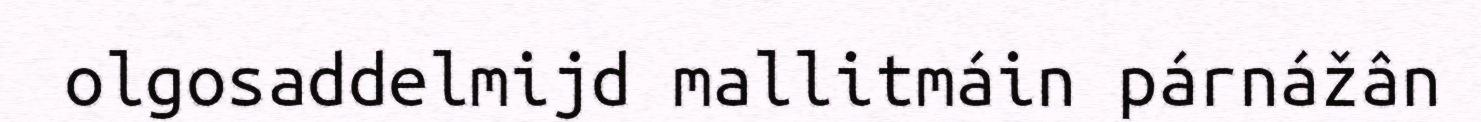
olgosaddelmijd mallitmáin párnážân